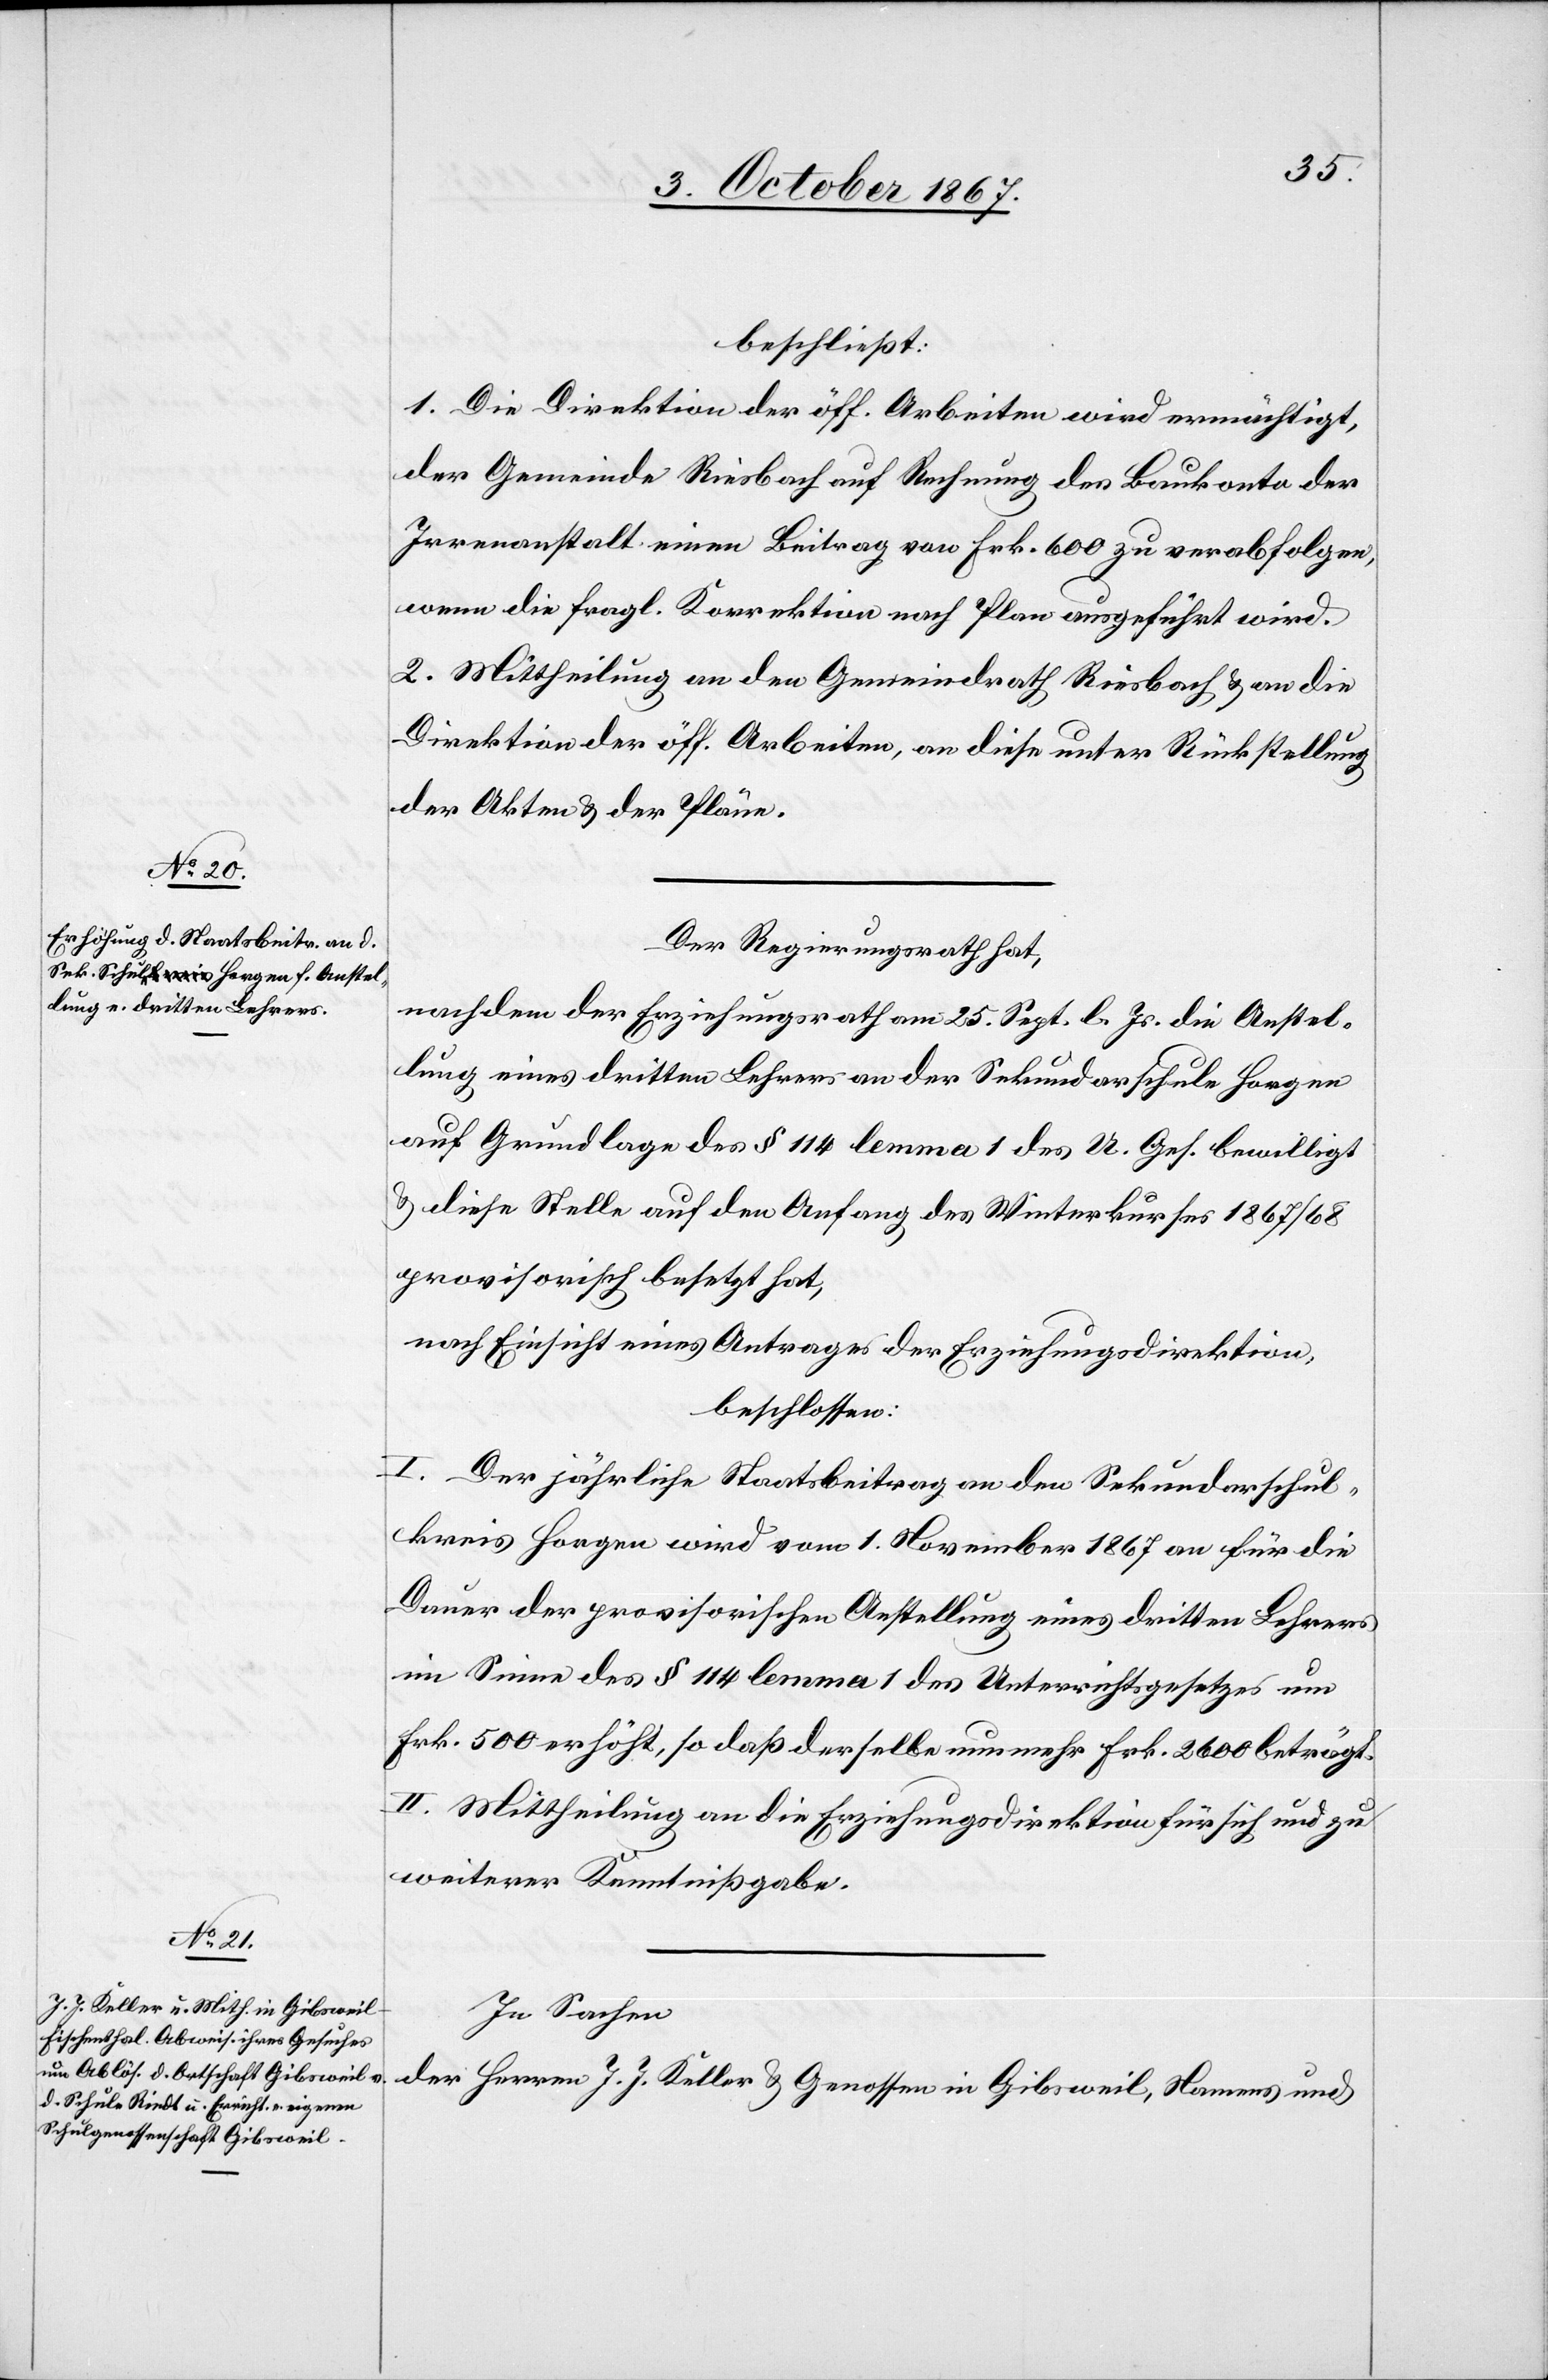
beschließt:
1. Die Direktion der öff. Arbeiten wird ermächtigt,
der Gemeinde Riesbach auf Rechnung des Baukonto der
Irrenanstalt einen Beitrag von Frk. 600 zu verabfolgen,
wenn die fragl. Korrektion nach Plan ausgeführt wird.
2. Mittheilung an den Gemeindrath Riesbach u. an die
Direktion der öff. Arbeiten, an diese unter Rückstellung
der Akten u. der Pläne.
Der Regierungsrath hat,
nachdem der Erziehungsrath am 25. Sept. l. Js. die Anstel¬
lung eines dritten Lehrers an der Sekundarschule Horgen
auf Grundlage des § 114 lemma 1 des U. Ges. bewilligt
u. diese Stelle auf den Anfang des Winterkurses 1867/68
provisorisch besetzt hat,
nach Einsicht eines Antrages der Erziehungsdirektion,
beschlossen:
I. Der jährliche Staatsbeitrag an den Sekundarschul¬
kreis Horgen wird vom 1. November 1867 an für die
Dauer der provisorischen Anstellung eines dritten Lehrers
im Sinne des § 114 lemma 1 des Unterrichtsgesetzes um
Frk. 500 erhöht, so daß derselbe nunmehr Frk. 2600 beträgt.
II. Mittheilung an die Erziehungsdirektion für sich und zu
weiterer Kenntnißgabe.
In Sachen
der Herren J. J. Keller u. Genossen in Gibsweil, Namens und